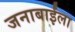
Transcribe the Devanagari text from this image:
जनाबाईंला